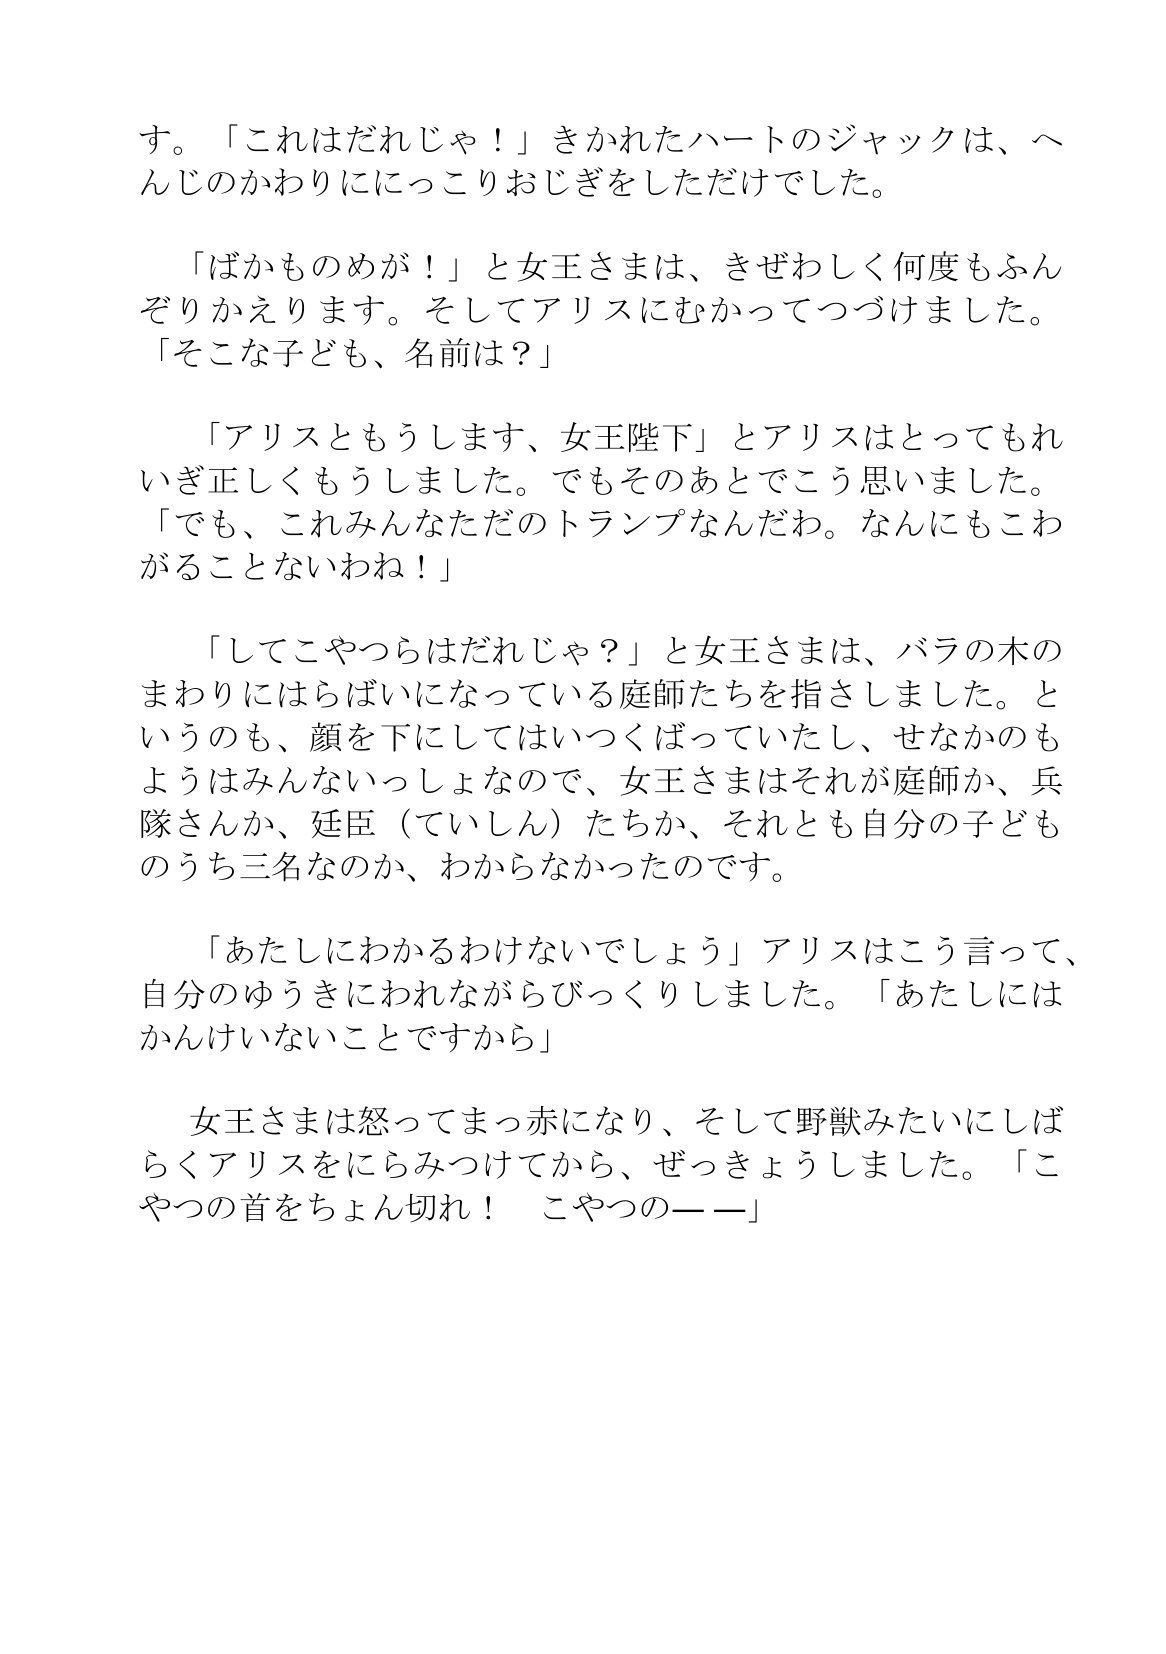
Language: ja